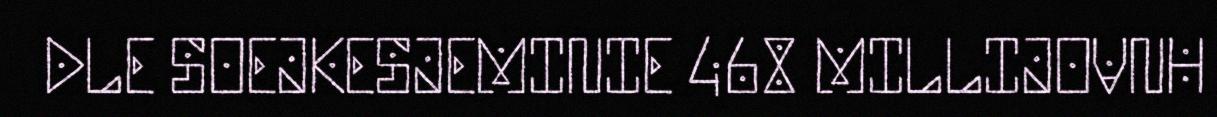
DLE SOEJKESJEMINIE 468 MILLIJOVNH